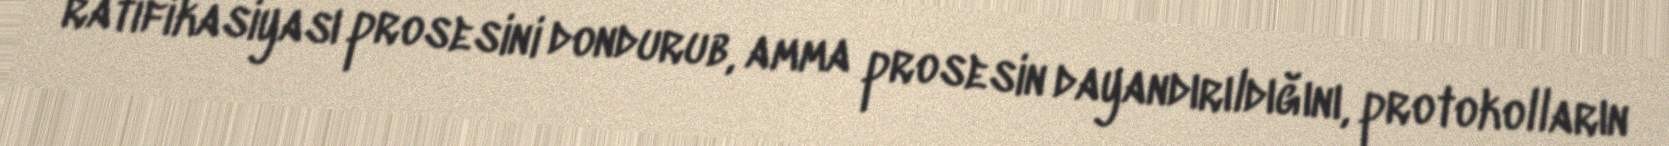
ratifikasiyası prosesini dondurub, amma prosesin dayandırıldığını, protokolların